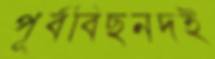
পূর্ববিছনদই